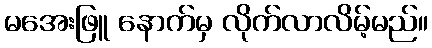
မအေးဖြူ နောက်မှ လိုက်လာလိမ့်မည်။